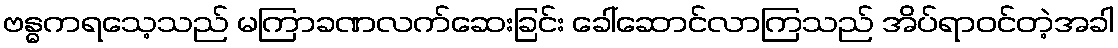
ဗန္ဓကရသေ့သည် မကြာခဏလက်ဆေးခြင်း ခေါ်ဆောင်လာကြသည် အိပ်ရာဝင်တဲ့အခါ